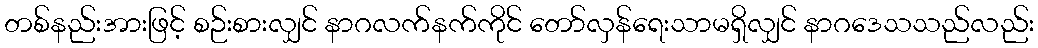
တစ်နည်းအားဖြင့် စဉ်းစားလျှင် နာဂလက်နက်ကိုင် တော်လှန်ရေးသာမရှိလျှင် နာဂဒေသသည်လည်း